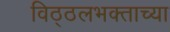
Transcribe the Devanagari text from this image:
विठ्ठलभक्ताच्या